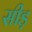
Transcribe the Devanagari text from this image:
सीड़